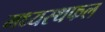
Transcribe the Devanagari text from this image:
मध्यस्थफल